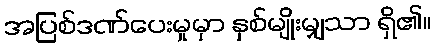
အပြစ်ဒဏ်ပေးမှုမှာ နှစ်မျိုးမျှသာ ရှိ၏။